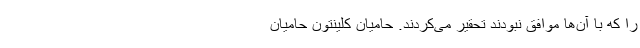
را که با آن‌ها موافق نبودند تحقیر می‌کردند. حامیان کلینتونْ حامیان